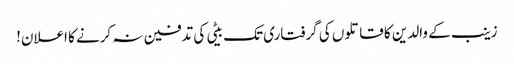
زینب کے والدین کا قاتلوں کی گرفتاری تک بیٹی کی تدفین نہ کرنے کا اعلان!